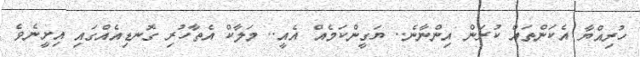
ހުރިއްޔާ އެކަންތައް ކުރަން އިންނާނެ.. ޔަގީންކަމެއް އެއީ.. މަލާކް އެތާހުރި ގޮނޑިއެއްގައި އިށީނެވެ